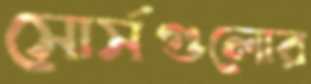
সোর্সগুলোর